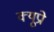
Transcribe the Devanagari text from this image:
क्यूप्रो